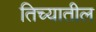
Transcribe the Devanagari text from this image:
तिच्‍यातील